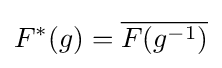
F^{*}(g)={\overline {F(g^{-1})}}